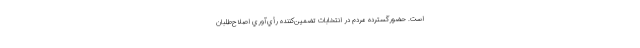
است. حضورگسترده مردم در انتخابات تضمين‌كننده رأي‌آوري اصلاح‌طلبان